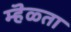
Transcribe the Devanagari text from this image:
म्हॆळ्ता